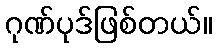
ဂုဏ်ပုဒ်ဖြစ်တယ်။